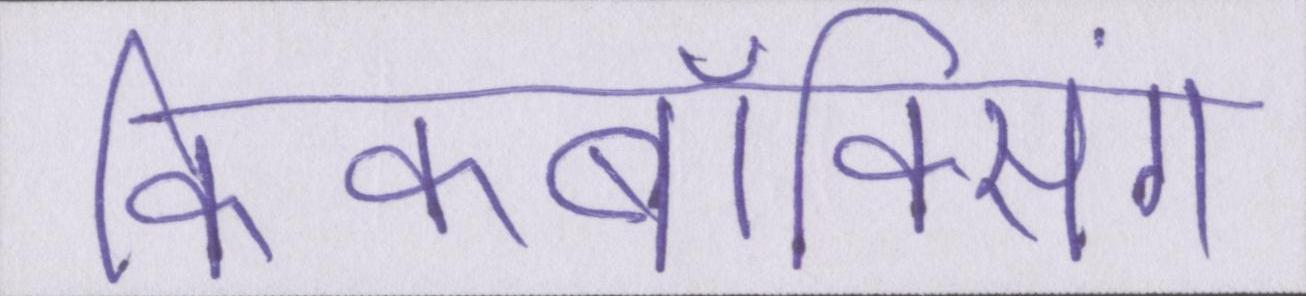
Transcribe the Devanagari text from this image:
किकबॉक्सिंग